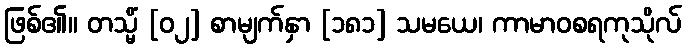
ဖြစ်၏။ တသ္မိံ [၀၂] စာမျက်နှာ [၁၈၁] သမယေ၊ ကာမာဝစရကုသိုလ်